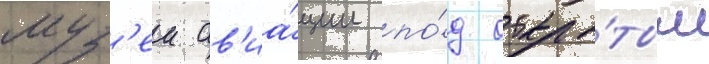
муз'еи ав'иа́ции по́д откры́тым